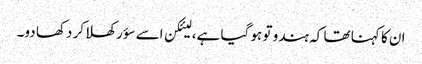
ان کا کہنا تھا کہ ہندو تو ہو گیا ہے، لیئکن اسے سؤر کھلا کر دکھا دو۔